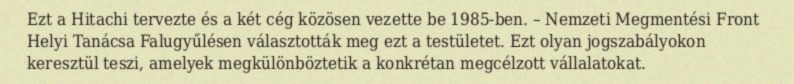
Ezt a Hitachi tervezte és a két cég közösen vezette be 1985-ben. – Nemzeti Megmentési Front Helyi Tanácsa Falugyűlésen választották meg ezt a testületet. Ezt olyan jogszabályokon keresztül teszi, amelyek megkülönböztetik a konkrétan megcélzott vállalatokat.